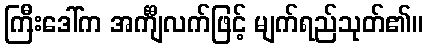
ကြီးဒေါ်က အင်္ကျီလက်ဖြင့် မျက်ရည်သုတ်၏။